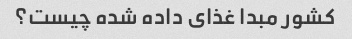
کشور مبدا غذای داده شده چیست؟